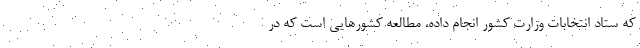
که ستاد انتخابات وزارت کشور انجام داده، مطالعه کشورهایی است که در